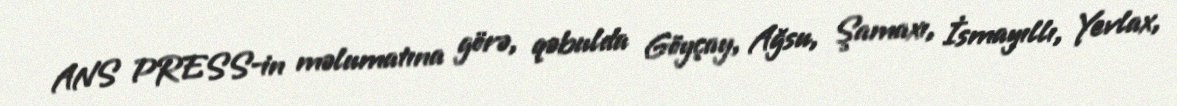
ANS PRESS-in məlumatına görə, qəbulda Göyçay, Ağsu, Şamaxı, İsmayıllı, Yevlax,